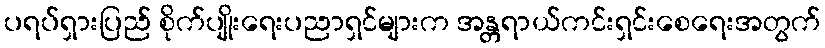
ပရပ်ရှားပြည် စိုက်ပျိုးရေးပညာရှင်များက အန္တရာယ်ကင်းရှင်းစေရေးအတွက်